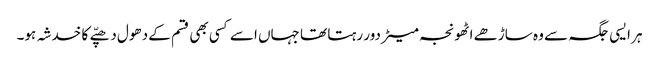
ہر ایسی جگہ سے وہ ساڑھے اٹھونجہ میٹر دور رہتا تھا جہاں اسے کسی بھی قسم کے دھول دھپّے کا خدشہ ہو۔